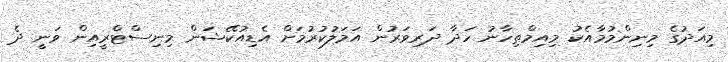
މިއަދުގެ މިނިންމުމާއެކު މިއިމްތިހާނު ހަދާ ދަރިވަރުން އަމަލުކުރުމަށް އެޑިއުކޭޝަން މިނިސްޓްރީއިން ވަނީ ދެ